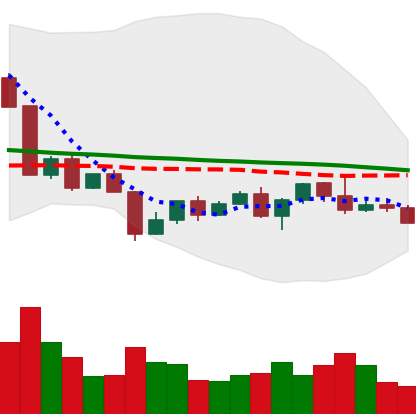
Ticker: NEO-USD
Chart end date: 2022-04-24
Forward return: -11.248%
Label: down_7plus